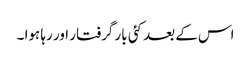
اس کے بعد کئی بار گرفتار اور رہا ہوا ۔